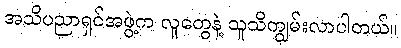
အသိပညာရှင်အဖွဲ့က လူတွေနဲ့ သူသိကျွမ်းလာပါတယ်။